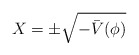
\begin{align*}X=\pm \sqrt{-\bar V(\phi )} \end{align*}